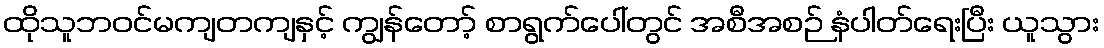
ထိုသူဘဝင်မကျတကျနှင့် ကျွန်တော့် စာရွက်ပေါ်တွင် အစီအစဉ် နံပါတ်ရေးပြီး ယူသွား